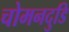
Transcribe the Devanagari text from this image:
चोमनदुडि